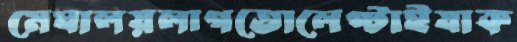
মেঘালয়লাগতোলেপ্‌টাইযাক